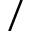
/